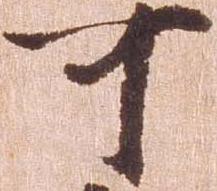
可